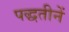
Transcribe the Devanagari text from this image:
पद्धतीनें